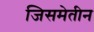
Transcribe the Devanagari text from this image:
जिसमेतीन